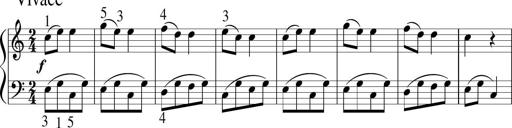
Title: 6 Instructive Sonatinas
Composer: Jacob Schmitt